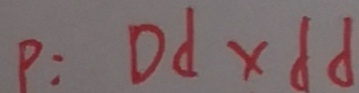
P : D d \times d d